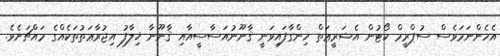
އެހެންނަމަވެސް ސުޕްރީމް ކޯޓުން އެޝަރީޢަތް ހިންގާފައިވަނީ ޤާނޫނުއަސާސީއާއި ޤާނޫނާ ޚިލާފު އިޖުރާޢަތުތަކެއްގެ މައްޗަށެވެ.